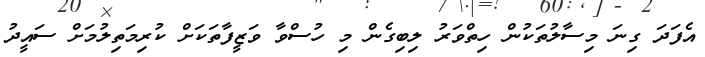
އެފަދަ ގިނަ މިސާލުތަކުން ހިތްވަރު ލިބިގެން މި ހުސްވާ ވަޒީފާތަކަށް ކުރިމަތިލުމަށް ސައީދު